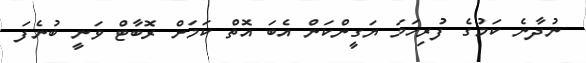
ނުދާނެ ކަމުގެ ފުރިހަމަ ޔަގީންކަން އެބަ އޮތް ކަމަށް ރޮބާޓް ވަނީ ބުނެފަ